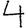
Digit: 4